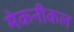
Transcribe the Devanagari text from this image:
मेकनीकल